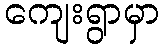
ကျေးရွာမှာ